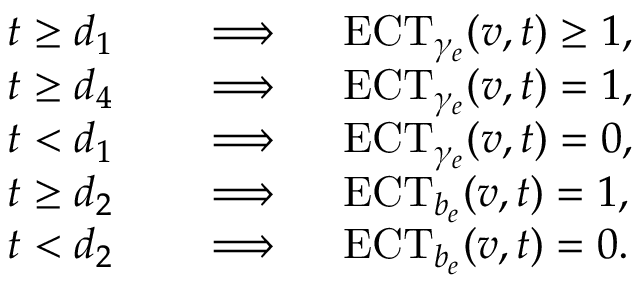
\begin{array} { r l } { t \geq d _ { 1 } \quad } & { \implies \quad \mathrm { E C T } _ { \gamma _ { e } } ( v , t ) \geq 1 , } \\ { t \geq d _ { 4 } \quad } & { \implies \quad \mathrm { E C T } _ { \gamma _ { e } } ( v , t ) = 1 , } \\ { t < d _ { 1 } \quad } & { \implies \quad \mathrm { E C T } _ { \gamma _ { e } } ( v , t ) = 0 , } \\ { t \geq d _ { 2 } \quad } & { \implies \quad \mathrm { E C T } _ { b _ { e } } ( v , t ) = 1 , } \\ { t < d _ { 2 } \quad } & { \implies \quad \mathrm { E C T } _ { b _ { e } } ( v , t ) = 0 . } \end{array}